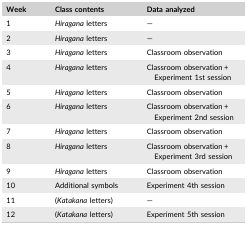
<table><thead><tr><td><b>Week</b></td><td><b>Class contents</b></td><td><b>Data analyzed</b></td></tr></thead><tbody><tr><td>1</td><td><i>Hiragana</i> letters</td><td>—</td></tr><tr><td>2</td><td><i>Hiragana</i> letters</td><td>—</td></tr><tr><td>3</td><td><i>Hiragana</i> letters</td><td>Classroom observation</td></tr><tr><td>4</td><td><i>Hiragana</i> letters</td><td>Classroom observation + Experiment 1st session</td></tr><tr><td>5</td><td><i>Hiragana</i> letters</td><td>Classroom observation</td></tr><tr><td>6</td><td><i>Hiragana</i> letters</td><td>Classroom observation + Experiment 2nd session</td></tr><tr><td>7</td><td><i>Hiragana</i> letters</td><td>Classroom observation</td></tr><tr><td>8</td><td><i>Hiragana</i> letters</td><td>Classroom observation + Experiment 3rd session</td></tr><tr><td>9</td><td><i>Hiragana</i> letters</td><td>Classroom observation</td></tr><tr><td>10</td><td>Additional symbols</td><td>Experiment 4th session</td></tr><tr><td>11</td><td>(<i>Katakana</i> letters)</td><td>—</td></tr><tr><td>12</td><td>(<i>Katakana</i> letters)</td><td>Experiment 5th session</td></tr></tbody></table>